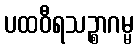
ပထဝီရသဉ္စာဂမ္မ